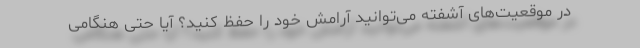
در موقعیت‌های آشفته می‌توانید آرامش خود را حفظ کنید؟ آیا حتی هنگامی